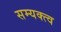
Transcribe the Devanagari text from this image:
सम्यक्त्व